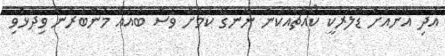
އަދި އޭނާއަށް ޑޮލަރަކީ ކޯއްޗެއްކަން ނޭނގޭ ކަމަށް ވެސް ބައެއް މެންބަރުން ވިދާޅުވި